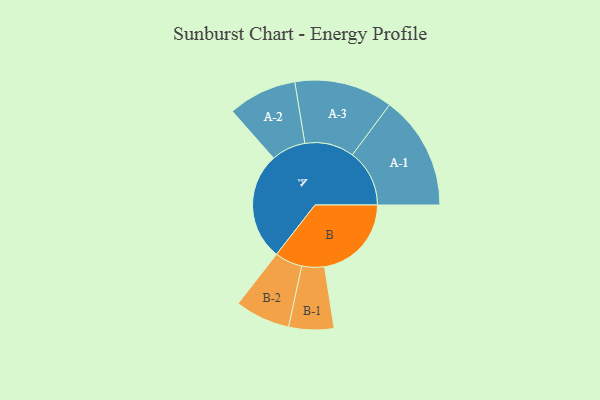
{"axis": {"x": "Segment", "y": "Value"}, "legend": ["", "A", "B"], "data": [{"x": "A", "y": 492, "type": ""}, {"x": "B", "y": 397, "type": ""}, {"x": "A-1", "y": 261, "type": "A"}, {"x": "A-2", "y": 157, "type": "A"}, {"x": "A-3", "y": 225, "type": "A"}, {"x": "B-1", "y": 103, "type": "B"}, {"x": "B-2", "y": 126, "type": "B"}]}